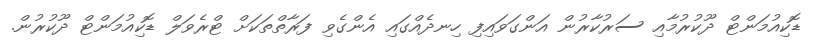
ޑޮކިއުމަންޓް ދޫކުރުމާއި ސަރުކާރުން އަންގަވައިފި ހިނދެއްގައި އެންގެވި ފަރާތްތަކަށް ޓްރެވަލް ޑޮކިއުމަންޓް ދޫކުރުން.